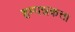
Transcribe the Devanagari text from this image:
हम्पन्नकत्ता